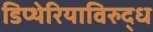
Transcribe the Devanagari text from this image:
डिप्थेरियाविरुद्ध